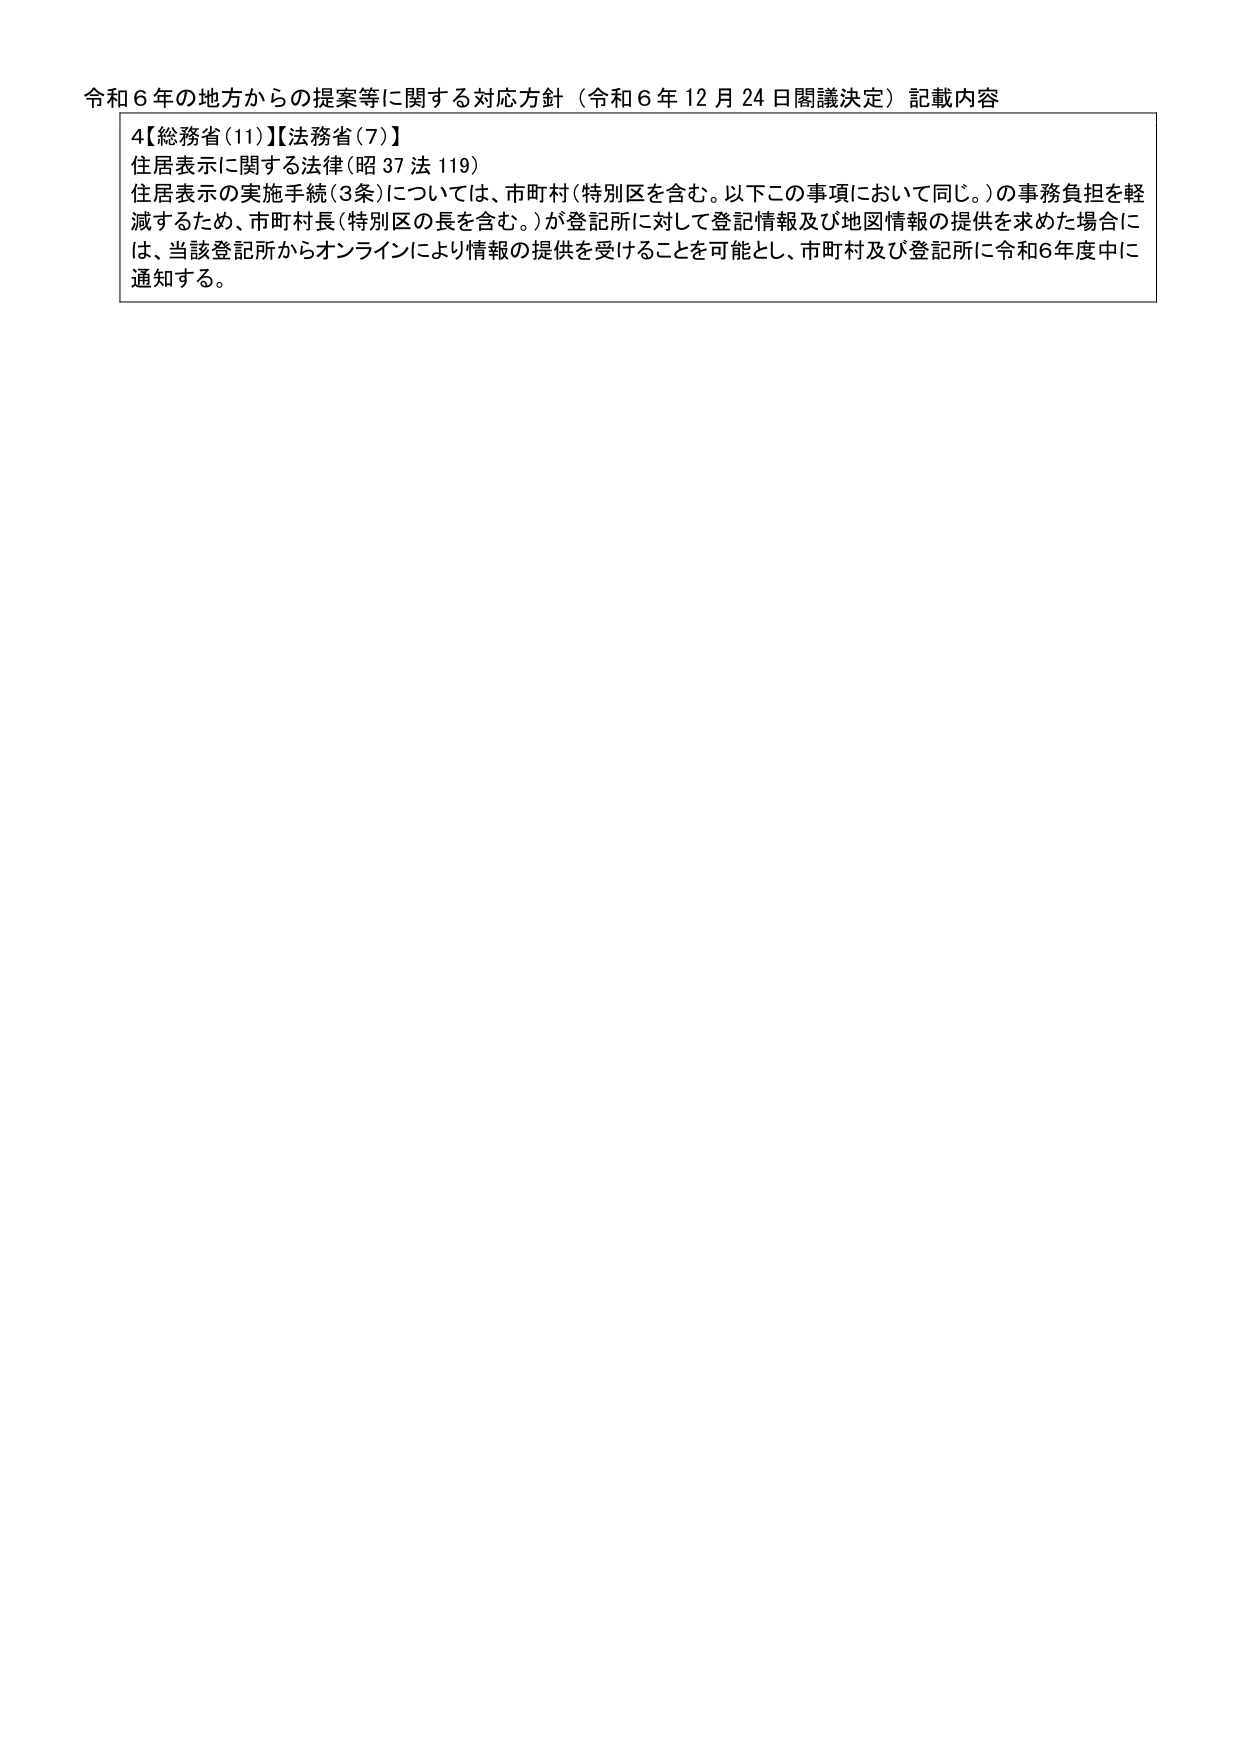
令和６年の地方からの提案等に関する対応方針（令和６年12月24日閣議決定）記載内容

4【総務省(11)】【法務省(7)】
住居表示に関する法律(昭37法119)
住居表示の実施手続(3条)については、市町村(特別区を含む。以下この事項において同じ。)の事務負担を軽減するため、市町村長(特別区の長を含む。)が登記所に対して登記情報及び地図情報の提供を求めた場合には、当該登記所からオンラインにより情報の提供を受けることを可能とし、市町村及び登記所に令和6年度中に通知する。